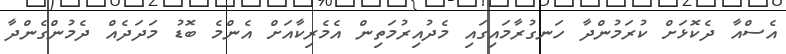
އެސްއާ ދެކޮޅަށް ކުރަމުންދާ ހަނގުރާމައިގައި މެދުއިރުމަތިން އެމެރިކާއަށް އެންމެ ބޮޑު މަދަދެއް ދެމުންގެންދާ